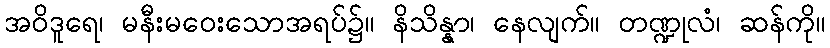
အဝိဒူရေ၊ မနီးမဝေးသောအရပ်၌။ နိသိန္နာ၊ နေလျက်။ တဏ္ဍုလံ၊ ဆန်ကို။